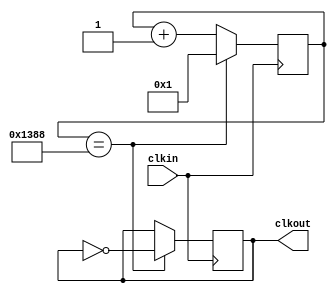
module clock_divider (input clkin, output clkout);
    parameter
        period = 5000;

    reg [31:0] counter = 1;
    reg temp_clk = 0;
    always @ (posedge(clkin)) begin
        if (counter == period)
        begin
            counter <= 1;
            temp_clk <= ~temp_clk;
        end
        else
            counter <= counter + 1;
    end
    assign clkout = temp_clk;
endmodule